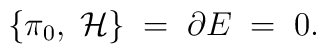
\{ {\cal \pi}_0,\; {\cal H} \} \;=\; {\partial} E \;=\;0  .